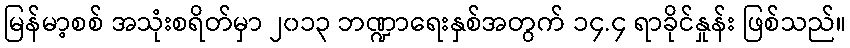
မြန်မာ့စစ် အသုံးစရိတ်မှာ ၂၀၁၃ ဘဏ္ဍာရေးနှစ်အတွက် ၁၄.၄ ရာခိုင်နှုန်း ဖြစ်သည်။